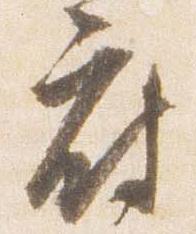
府